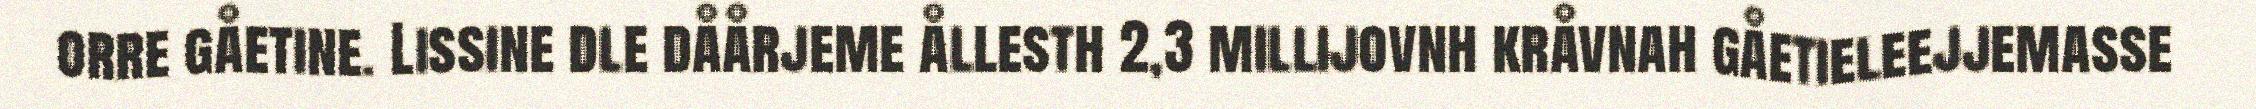
orre gåetine. Lissine dle dåårjeme ållesth 2,3 millijovnh kråvnah gåetieleejjemasse